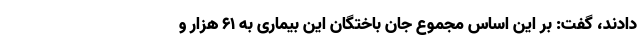
دادند، گفت: بر این اساس مجموع جان باختگان این بیماری به ۶۱ هزار و